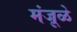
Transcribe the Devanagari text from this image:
मंजूळे